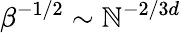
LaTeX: \beta^{-1/2}\sim\mathbb{N}^{-2/3d}